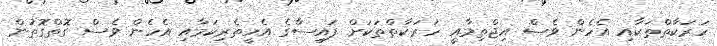
ހަރަކާތްތަކާއި އެހެން ވެސް އިޖްތިމާއީ ހަރަކާތްތަކަށް ފައިސާގެ އެހީތެރިކަމާއި އެހެން ވެސް ގޮތްގޮތުން